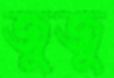
জুজু